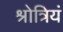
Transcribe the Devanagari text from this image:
श्रोत्रियं